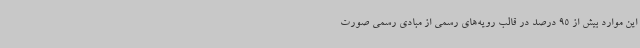
این موارد بیش از 95 درصد در قالب رویه‌های رسمی از مبادی رسمی صورت